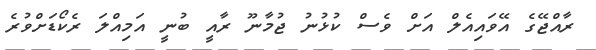
ރާއްޖޭގެ އޭވައިއެލް އަށް ވެސް ކުޅުނު ޖުމާނޫ ރާއީ ބުނީ އަމިއްލަ ރެކޯޑަށްވުރެ